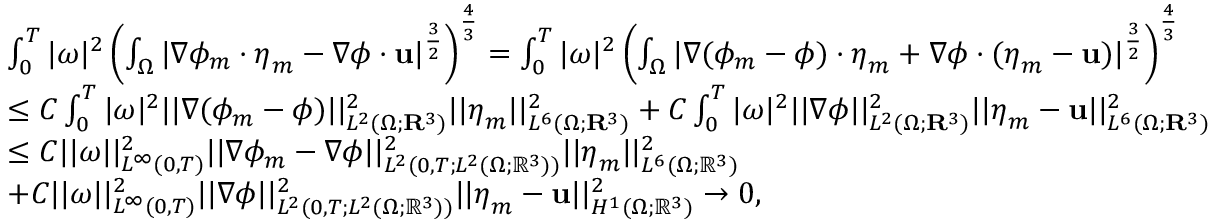
\begin{array} { r l } & { \int _ { 0 } ^ { T } | \omega | ^ { 2 } \left( \int _ { \Omega } | \nabla \phi _ { m } \cdot \boldsymbol { \eta } _ { m } - \nabla \phi \cdot \mathbf { u } | ^ { \frac { 3 } { 2 } } \right) ^ { \frac { 4 } { 3 } } = \int _ { 0 } ^ { T } | \omega | ^ { 2 } \left( \int _ { \Omega } | \nabla ( \phi _ { m } - \phi ) \cdot \boldsymbol { \eta } _ { m } + \nabla \phi \cdot ( \boldsymbol { \eta } _ { m } - \mathbf { u } ) | ^ { \frac { 3 } { 2 } } \right) ^ { \frac { 4 } { 3 } } } \\ & { \leq C \int _ { 0 } ^ { T } | \omega | ^ { 2 } | | \nabla ( \phi _ { m } - \phi ) | | _ { L ^ { 2 } ( \Omega ; \mathbf { R } ^ { 3 } ) } ^ { 2 } | | \boldsymbol { \eta } _ { m } | | _ { L ^ { 6 } ( \Omega ; \mathbf { R } ^ { 3 } ) } ^ { 2 } + C \int _ { 0 } ^ { T } | \omega | ^ { 2 } | | \nabla \phi | | _ { L ^ { 2 } ( \Omega ; \mathbf { R } ^ { 3 } ) } ^ { 2 } | | \boldsymbol { \eta } _ { m } - \mathbf { u } | | _ { L ^ { 6 } ( \Omega ; \mathbf { R } ^ { 3 } ) } ^ { 2 } } \\ & { \leq C | | \omega | | _ { L ^ { \infty } ( 0 , T ) } ^ { 2 } | | \nabla \phi _ { m } - \nabla \phi | | _ { L ^ { 2 } ( 0 , T ; L ^ { 2 } ( \Omega ; \mathbb { R } ^ { 3 } ) ) } ^ { 2 } | | \boldsymbol { \eta } _ { m } | | _ { L ^ { 6 } ( \Omega ; \mathbb { R } ^ { 3 } ) } ^ { 2 } } \\ & { + C | | \omega | | _ { L ^ { \infty } ( 0 , T ) } ^ { 2 } | | \nabla \phi | | _ { L ^ { 2 } ( 0 , T ; L ^ { 2 } ( \Omega ; \mathbb { R } ^ { 3 } ) ) } ^ { 2 } | | \boldsymbol { \eta } _ { m } - \mathbf { u } | | _ { H ^ { 1 } ( \Omega ; \mathbb { R } ^ { 3 } ) } ^ { 2 } \to 0 , } \end{array}